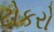
ટોકરો